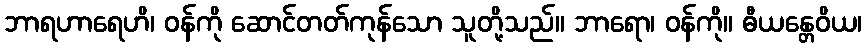
ဘာရဟာရေဟိ၊ ဝန်ကို ဆောင်တတ်ကုန်သော သူတို့သည်။ ဘာရော၊ ဝန်ကို။ ဓီယန္တေဝိယ၊